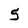
Character: 5